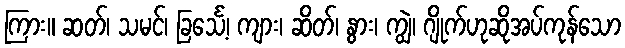
ကြား။ ဆတ်၊ သမင်၊ ခြင်္သေ့၊ ကျား၊ ဆိတ်၊ နွား၊ ကျွဲ၊ ဂျိုက်ဟုဆိုအပ်ကုန်သော